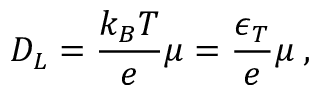
D _ { L } = \frac { k _ { B } T } { e } \mu = \frac { \epsilon _ { T } } { e } \mu \: ,